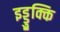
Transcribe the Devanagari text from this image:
इड्डुक्कि